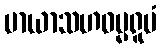
မာယာသဟဓမ္မရူပံ